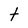
Character: t